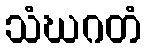
သံဃဂတံ